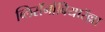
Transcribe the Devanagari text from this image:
ब्लिसॅनोबियारॅल्ला